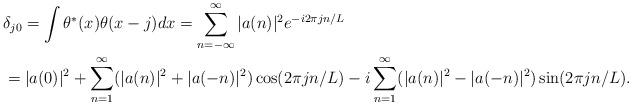
LaTeX: \begin{align*} &\delta_{j0}=\int \theta^*(x)\theta(x-j)dx=\sum_{n=-\infty}^{\infty} |a(n)|^2e^{-i2\pi jn/L} \\&=|a(0)|^2+\sum_{n=1}^{\infty}(|a(n)|^2+|a(-n)|^2)\cos(2\pi jn/L)-i \sum_{n=1}^{\infty}(|a(n)|^2-|a(-n)|^2)\sin(2\pi jn/L). \end{align*}